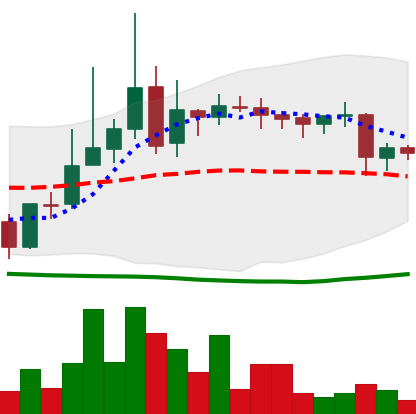
Ticker: LINK-USD
Chart end date: 2019-03-23
Forward return: 8.719%
Label: up_7plus